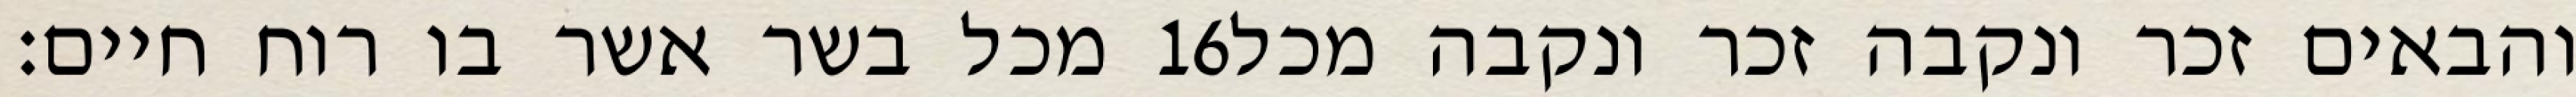
מכל בשר אשר בו רוח חיים׃ ‎16‏ והבאים זכר ונקבה זכר ונקבה מכל